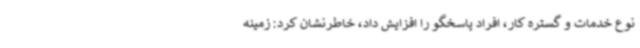
نوع خدمات و گستره کار، افراد پاسخگو را افزایش داد، خاطرنشان کرد: زمینه